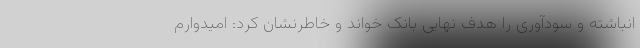
انباشته و سودآوری را هدف نهایی بانک خواند و خاطرنشان کرد: امیدوارم